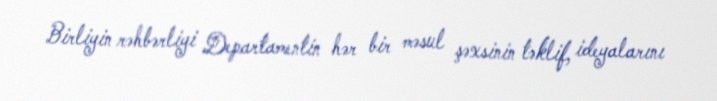
Birliyin rəhbərliyi Departamentin hər bir məsul şəxsinin təklif, ideyalarını